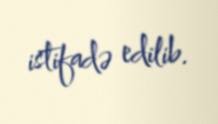
istifadə edilib.